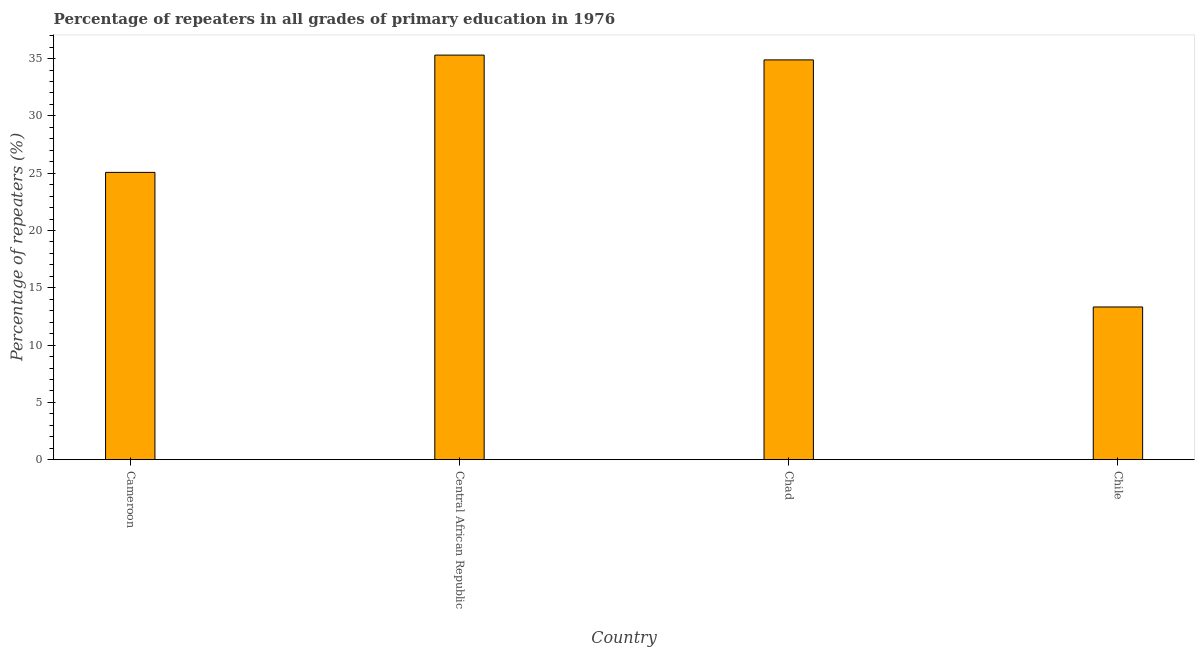
| Country | Repeaters in primary education |
 | --- | --- |
 | Cameroon | 25.1 |
 | Central African Republic | 35.3 |
 | Chad | 34.9 |
 | Chile | 13.3 |